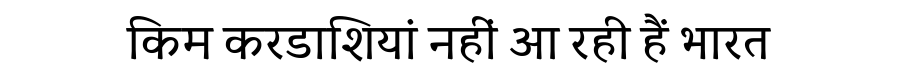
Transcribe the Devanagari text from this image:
किम करडाशियां नहीं आ रही हैं भारत